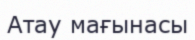
Атау мағынасы